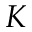
K